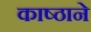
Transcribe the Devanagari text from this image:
काष्ठाने